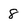
Character: 8